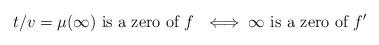
LaTeX: \begin{align*}t/v = \mu(\infty) \textrm{ is a zero of $f$ } \iff \infty \textrm{ is a zero of } f'\end{align*}